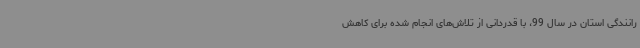
رانندگی استان در سال 99، با قدردانی از تلاش‌های انجام شده برای کاهش